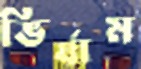
ভির্যাম